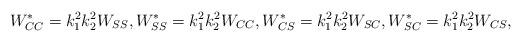
LaTeX: \begin{align*}W^*_{CC}= k_1^2k_2^2 W_{SS}, W^*_{SS}= k_1^2k_2^2 W_{CC}, W^*_{CS} = k_1^2k_2^2 W_{SC}, W^*_{SC} = k_1^2k_2^2 W_{CS},\end{align*}